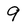
Character: 9